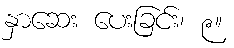
နှာဆေး ပေးခြင်း၊ ၉။